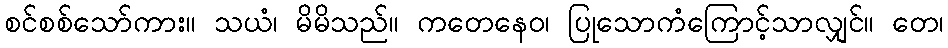
စင်စစ်သော်ကား။ သယံ၊ မိမိသည်။ ကတေနေဝ၊ ပြုသောကံကြောင့်သာလျှင်။ တေ၊